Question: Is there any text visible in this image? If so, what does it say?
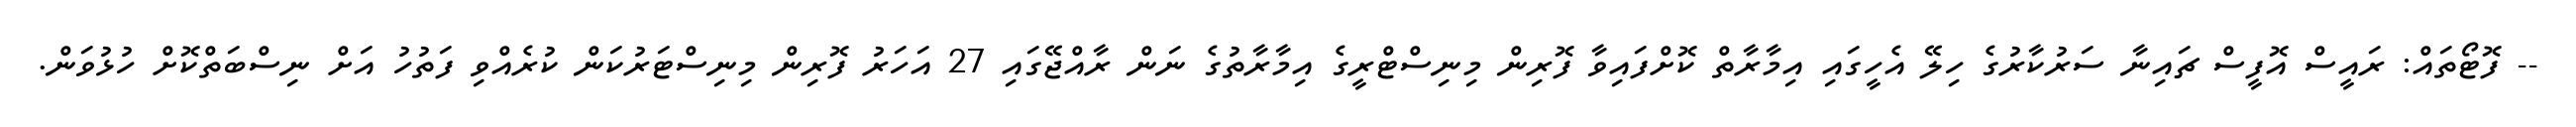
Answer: -- ފޮޓޯތައް: ރައީސް އޮފީސް ޗައިނާ ސަރުކާރުގެ ހިލޭ އެހީގައި އިމާރާތް ކޮށްފައިވާ ފޮރިން މިނިސްޓްރީގެ އިމާރާތުގެ ނަން ރާއްޖޭގައި 27 އަހަރު ފޮރިން މިނިސްޓަރުކަން ކުރެއްވި ފަތުހު އަށް ނިސްބަތްކޮށް ހުޅުވަން.